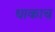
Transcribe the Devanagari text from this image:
धाकाच